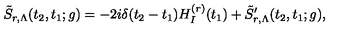
\tilde { S } _ { r , \Lambda } ( t _ { 2 } , t _ { 1 } ; g ) = - 2 i \delta ( t _ { 2 } - t _ { 1 } ) H _ { I } ^ { ( r ) } ( t _ { 1 } ) + \tilde { S } _ { r , \Lambda } ^ { \prime } ( t _ { 2 } , t _ { 1 } ; g ) ,